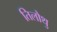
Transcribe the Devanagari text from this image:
तिलौथु